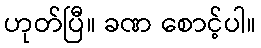
ဟုတ်ပြီ။ ခဏ စောင့်ပါ။